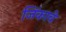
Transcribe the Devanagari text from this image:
जिंकावे